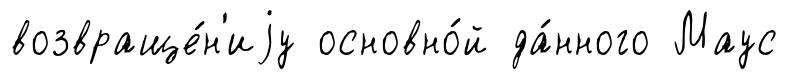
возвраще́н'иjу основно́й да́нного Маус